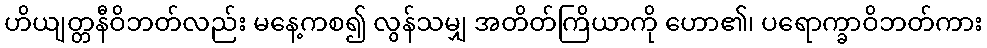
ဟိယျတ္တနီဝိဘတ်လည်း မနေ့ကစ၍ လွန်သမျှ အတိတ်ကြိယာကို ဟော၏၊ ပရောက္ခာဝိဘတ်ကား